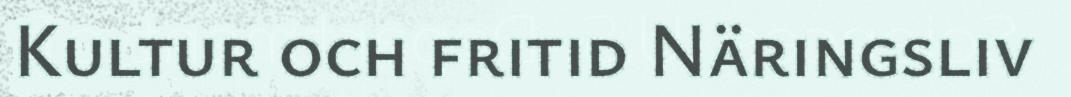
Kultur och fritid Näringsliv